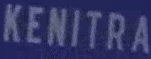
KENITRA